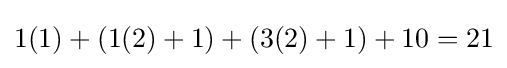
1(1)+(1(2)+1)+(3(2)+1)+10=21